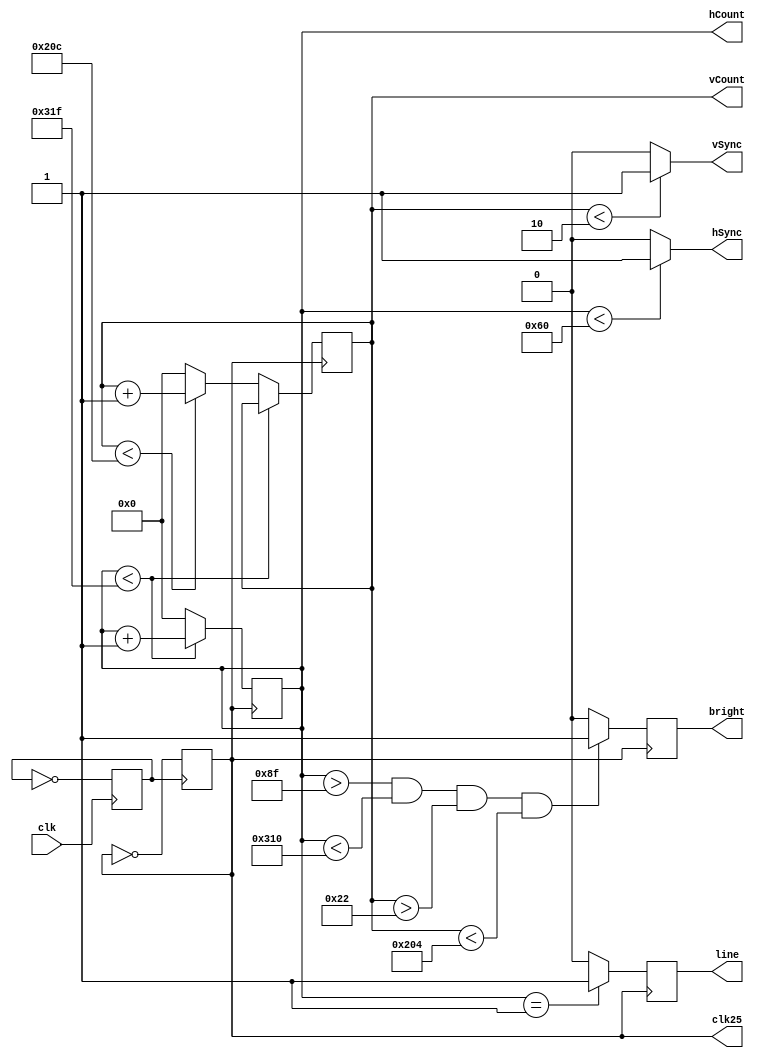
module display_controller(
	input clk,
	output reg line,
	output hSync, vSync,
	output reg bright,
	output reg[9:0] hCount, 
	output reg [9:0] vCount, // Covers 800, width of the screen, because it's 2^10
	output clk25
	);
	
	

	reg pulse;
	reg clk25;
	
	initial begin // Set all of them initially to 0
		clk25 = 0;
		pulse = 0;
	end
	
	always @(posedge clk)
		pulse = ~pulse;
	always @(posedge pulse)
		clk25 = ~clk25;
		
	always @ (posedge clk25)
		begin
		if (hCount < 10'd799)
			begin
			hCount <= hCount + 1;
			end
		else if (vCount < 10'd524)
			begin
			hCount <= 0;
			vCount <= vCount + 1;
			end
		else
			begin
			hCount <= 0;
			vCount <= 0;
			end
		end
		
	assign hSync = (hCount < 96) ? 1:0;
	assign vSync = (vCount < 2) ? 1:0;
		
	always @(posedge clk25)
		begin
		if(hCount > 10'd143 && hCount < 10'd784 && vCount > 10'd34 && vCount < 10'd516)
			bright <= 1;
		else
			bright <= 0;

		if(hCount == 10'd1)
			line <= 1;
		else
			line <= 0;
		end	
		
endmodule